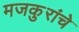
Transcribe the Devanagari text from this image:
मजकुरांचे